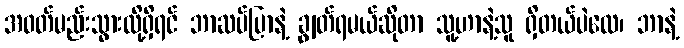
အဝတ်မည်းသွားလို့ရှိရင် ဘာဆပ်ပြာနဲ့ ချွတ်ရမယ်ဆိုတာ သူ့ဟာနဲ့သူ ရှိတယ်ပဲလေ၊ ဘာနဲ့